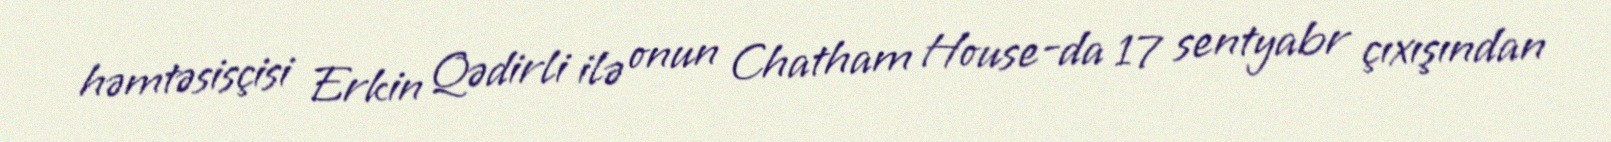
həmtəsisçisi Erkin Qədirli ilə onun Chatham House-da 17 sentyabr çıxışından